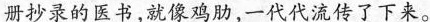
册抄录的医书，就像鸡肋，一代代流传了下来。